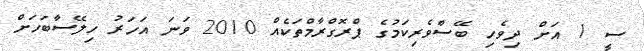
ސީ 1 އަށް ދިވެހި ބޭސްވެރިކަމުގެ ޕްރޮގްރާމްތަކެއް 2010 ވަނަ އަހަރު ހިލޭސާބަހަށް